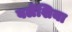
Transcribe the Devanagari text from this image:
वलेशिया